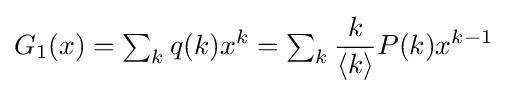
G_{1}(x)=\textstyle \sum _{k}\displaystyle q(k)x^{k}=\textstyle \sum _{k}\displaystyle {\frac {k}{\langle k\rangle }}P(k)x^{k-1}